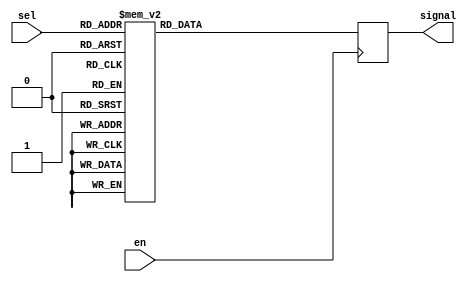
module select_character (en, sel, signal);
    input en;
    input [2:0] sel;
    output reg [13:0] signal;

    always @ (negedge en) begin
    case (sel)
      0: signal = 14'b00101110000000; // A
      1: signal = 14'b00111010101000; // B
      2: signal = 14'b00111010111010; // C
      3: signal = 14'b00111010100000; // D
      4: signal = 14'b00100000000000; // E
      5: signal = 14'b00101011101000; // F
      6: signal = 14'b00111011101000; // G
      7: signal = 14'b00101010100000; // H
    endcase
  end
endmodule